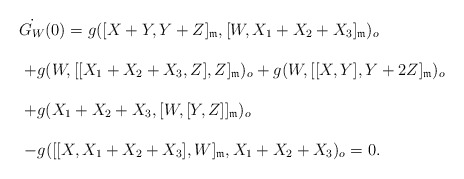
\begin{align*} \begin{array}{lll}&& \dot{G_W}(0)=g([X+Y,Y+Z]_{\frak{m}}, [W, X_1+X_2+X_3]_{\frak{m}})_o\ \\\\&&\ +g(W, [[X_1+X_2+X_3,Z],Z]_{\frak{m}})_o+g(W, [[X,Y], Y+2Z]_{\frak{m}})_o\ \\\\&&\ +g(X_1+X_2+X_3, [W, [Y,Z]]_{\frak{m}})_o\ \\\\&&\ -g([[X,X_1+X_2+X_3],W]_{\frak{m}}, X_1+X_2+X_3)_o=0.\end{array}\end{align*}